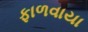
ફાળવાયા